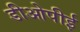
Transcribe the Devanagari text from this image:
डीओपीई